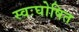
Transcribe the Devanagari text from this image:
स्वःघोषित